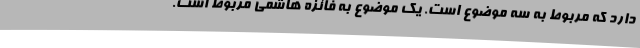
دارد که مربوط به سه موضوع است. یک موضوع به فائزه هاشمی مربوط است.